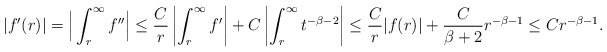
\begin{align*}|f'(r) | &= \Big| \int_r^{\infty} f''\Big| \leq \frac{C}{r} \left|\int_r^{\infty} f'\right| +C \left|\int_r^{\infty} t^{-\beta -2} \right| \leq \frac{C}{r} |f(r) | + \frac{C}{\beta+2} r^{-\beta -1} \leq C r^{-\beta -1}.\end{align*}